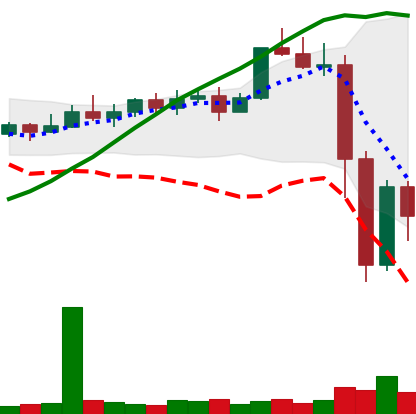
Ticker: XMR-USD
Chart end date: 2022-11-11
Forward return: 3.303%
Label: up_3_5